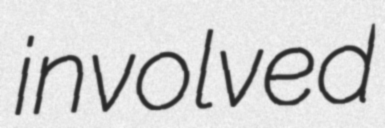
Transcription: involved